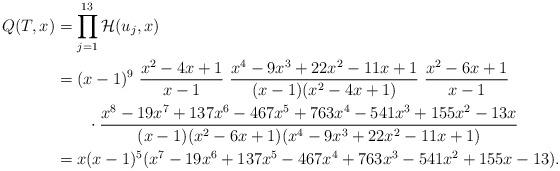
LaTeX: \begin{align*} Q(T, x) &= \prod_{j = 1}^{13} \mathcal{H}(u_j, x)\\ &= (x-1)^9 \ \dfrac{x^2-4x+1}{x-1} \ \dfrac{x^4 - 9x^3 + 22x^2 - 11x + 1}{(x-1)(x^2-4x+1)} \ \dfrac{x^2-6x + 1}{x-1}\\ &\qquad\cdot \dfrac{x^8-19x^7+137x^6-467x^5+763x^4-541x^3+155x^2-13x}{(x-1)(x^2-6x+1)(x^4-9x^3+22x^2-11x+1)}\\ &= x (x-1)^5 (x^7-19x^6+137x^5-467x^4+763x^3-541x^2+155x-13) .\end{align*}